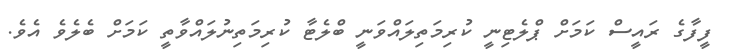
ފީފާގެ ރައީސް ކަމަށް ޕްލެޓިނީ ކުރިމަތިލައްވަނީ ބްލެޓާ ކުރިމަތިނުލައްވާތީ ކަމަށް ބެލެވެ އެވެ.